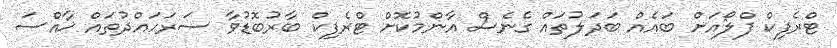
ޓްރެފިކް ފްލޯއަށް ބައެއް ބަދަލުތައް ގެނެސް އާންމުކޮށް ޓްރެފިކް ބާރުބޮޑުވާ ސަރަހައްދުތައް ޚާއްސަ